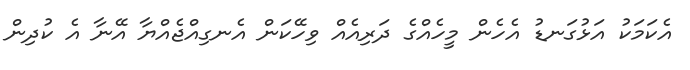
އެކަމަކު އަޅުގަނޑު އެހެން މީހެއްގެ ދަރިއެއް ވިހޭކަން އެނގިއްޖެއްޔާ އޭނާ އެ ކުދިން